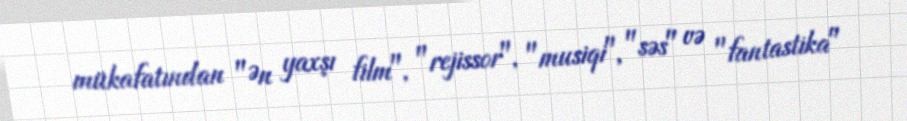
mükafatından "Ən yaxşı film", "rejissor", "musiqi", "səs" və "fantastika"